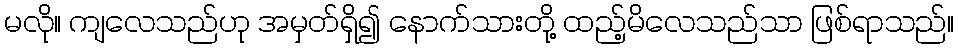
မလို။ ကျလေသည်ဟု အမှတ်ရှိ၍ နောက်သားတို့ ထည့်မိလေသည်သာ ဖြစ်ရာသည်။